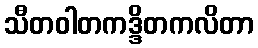
သီတဝါတကဒ္ဒိတကလိတာ